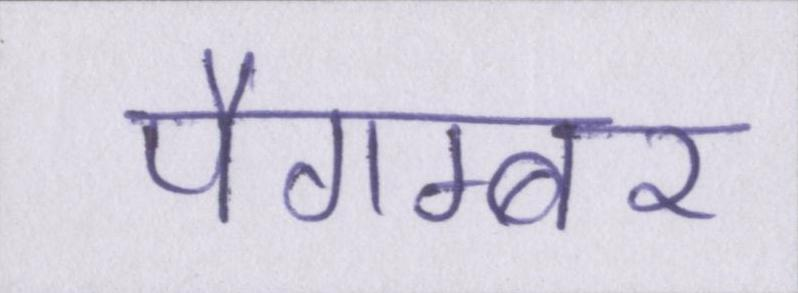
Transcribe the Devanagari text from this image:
पैगम्बर